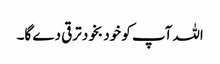
اللہ آپ کو خود بخود ترقی دے گا۔